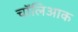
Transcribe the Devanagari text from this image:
चॉलिआक